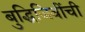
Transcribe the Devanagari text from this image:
बुद्धिजिवींची